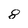
Character: 8